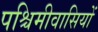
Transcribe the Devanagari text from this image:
पश्चिमीवासियों